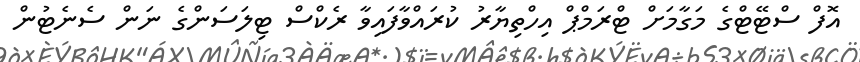
އޮފް ސްޓޭޓްގެ މަގާމަށް ޓްރަމްޕް އިހްތިޔާރު ކުރައްވާފައިވާ ރެކްސް ޓިލަސަންގެ ނަން ސެނެޓުން